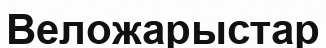
Веложарыстар